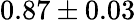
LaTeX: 0.87\pm 0.03